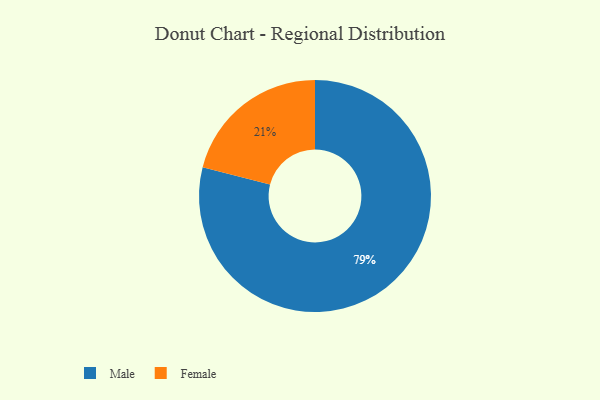
{"axis": {"x": "Category", "y": "Percentage"}, "legend": ["Female", "Male"], "data": [{"x": "Male", "y": 79, "type": "Male"}, {"x": "Female", "y": 21, "type": "Female"}]}